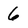
Character: 6